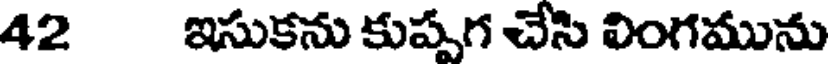
42 ఇసుకను కుప్పగ చేసి వింగమును